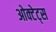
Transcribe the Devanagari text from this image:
ओक्टेट्स